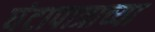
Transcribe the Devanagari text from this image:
घंटापात्राच्या